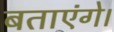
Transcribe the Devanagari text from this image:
बताएंगे।